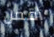
أقفل